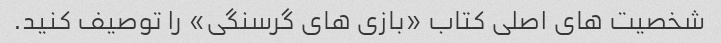
شخصیت های اصلی کتاب «بازی های گرسنگی» را توصیف کنید.